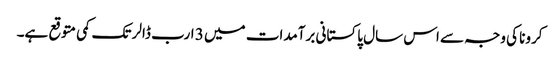
کرونا کی وجہ سے اس سال پاکستانی برآمدات میں 3 ارب ڈالر تک کمی متوقع ہے۔